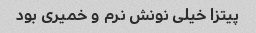
پیتزا خیلی نونش نرم و خمیری بود